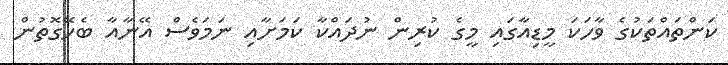
ކަންތައްތަކުގެ ވާހަކަ މީޑިއާގައި މީގެ ކުރިން ނުދައްކާ ކަމަށާއި ނަމަވެސް އޭނާއާ ބެހޭގޮތުން